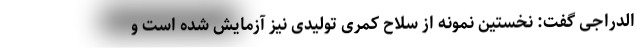
الدراجی گفت: نخستین نمونه از سلاح کمری تولیدی نیز آزمایش شده است و